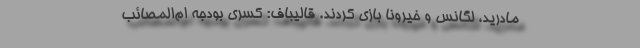
مادريد، لگانس و خيرونا بازي كردند. قالیباف: کسری بودجه ام‌المصائب